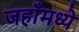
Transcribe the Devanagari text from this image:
जहाँमध्ये